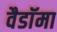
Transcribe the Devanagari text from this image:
वैडाॅमा